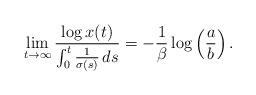
LaTeX: \begin{align*} \lim_{t\to\infty} \frac{\log x(t)}{\int_0^t\frac{1}{\sigma(s)}\,ds} = -\frac{1}{\beta}\log\left(\frac{a}{b}\right).\end{align*}